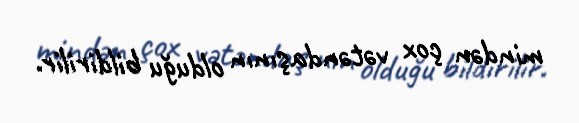
mindən çox vətəndaşının olduğu bildirilir.